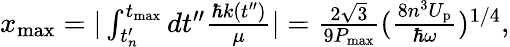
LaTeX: \begin{array}{r}{x_{\mathrm{max}}=|\int_{t_{n}^{\prime}}^{t_{\mathrm{max}}}dt^{\prime\prime}\frac{\hbar k(t^{\prime\prime})}{\mu}|=\frac{2\sqrt{3}}{9P_{\mathrm{max}}}(\frac{8n^{3}U_{\mathrm{p}}}{\hbar\omega})^{1/4},}\end{array}